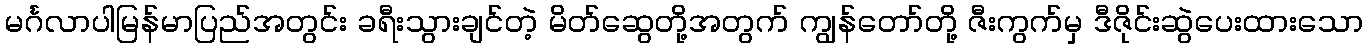
မင်္ဂလာပါမြန်မာပြည်အတွင်း ခရီးသွားချင်တဲ့ မိတ်ဆွေတို့အတွက် ကျွန်တော်တို့ ဇီးကွက်မှ ဒီဇိုင်းဆွဲပေးထားသော